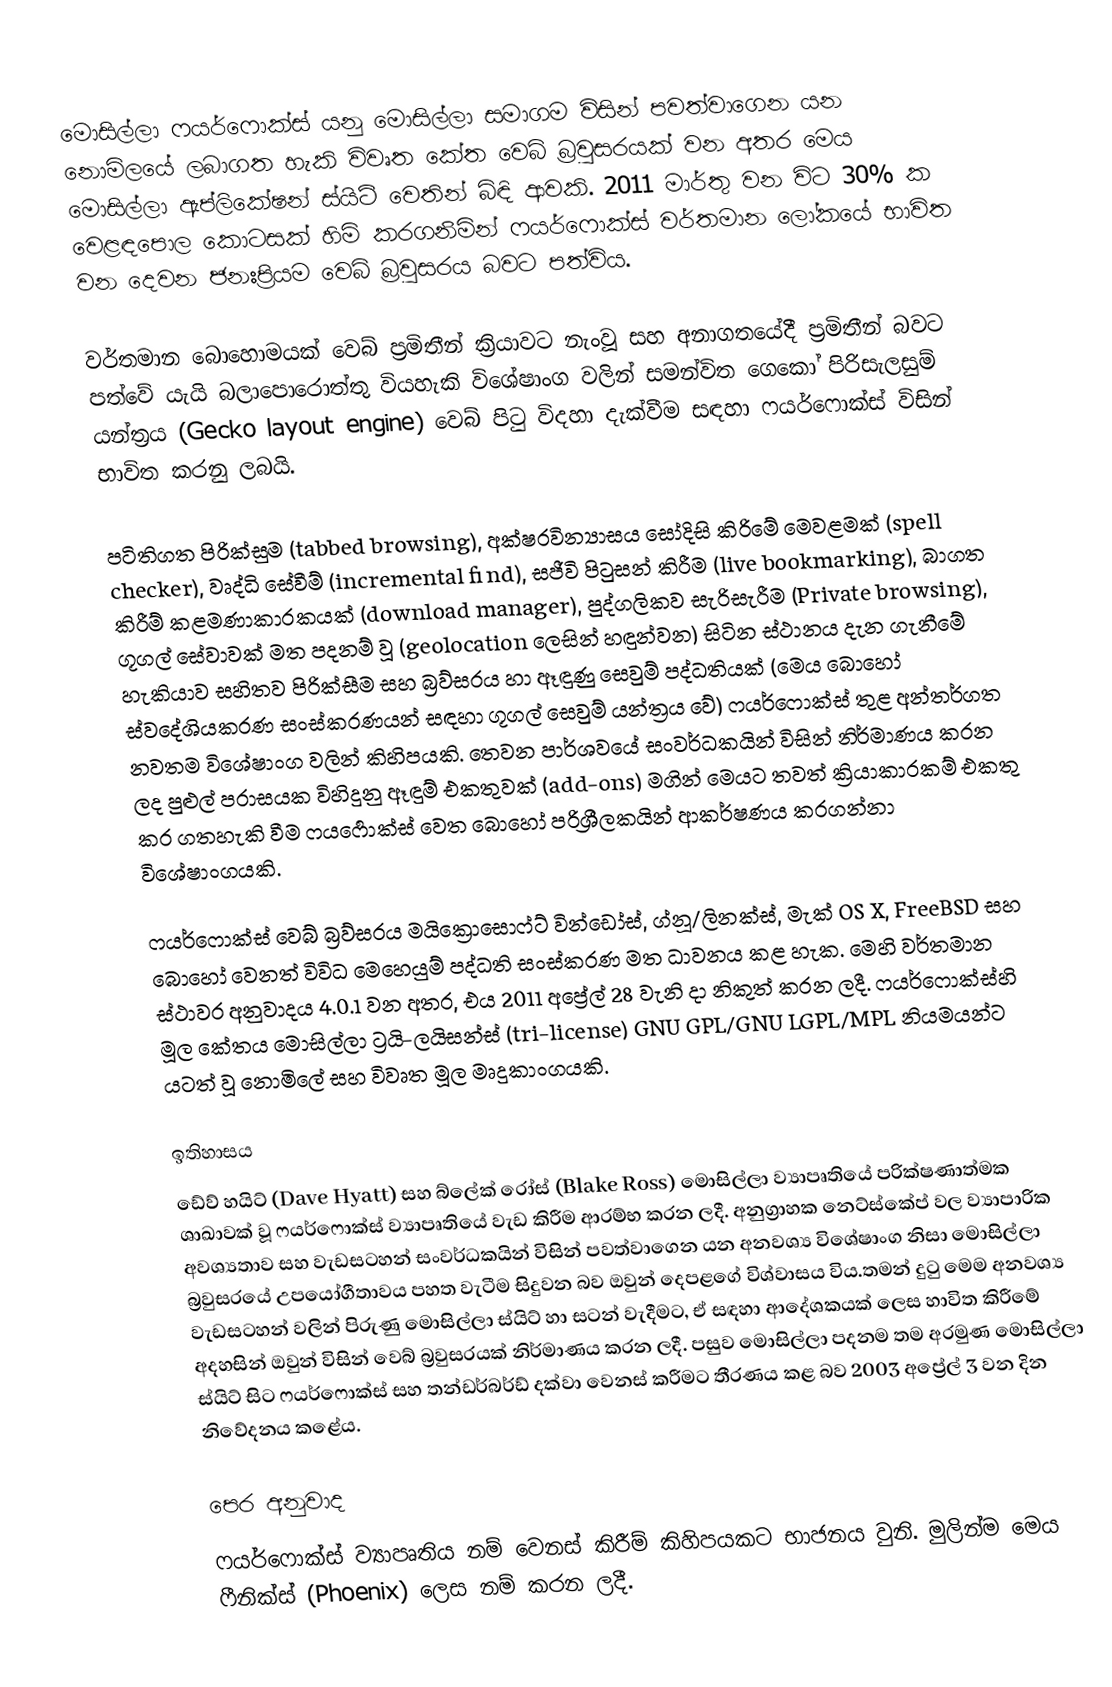
මොසිල්ලා ෆයර්ෆොක්ස් යනු මොසිල්ලා සමාගම විසින් පවත්වාගෙන යන නොමිලයේ ලබාගත හැකි විවෘත කේත වෙබ් බ්‍රවුසරයක් වන අතර මෙය මොසිල්ලා ඇප්ලිකේෂන් ස්යිට් වෙතින් බිඳි ආවකි. 2011 ‍මාර්තු වන විට 30% ක වෙළඳපොල කොටසක් හිමි කරගනිමින් ෆයර්ෆොක්ස් වර්තමාන ලෝකයේ භාවිත වන දෙවන ජනඃප්‍රියම වෙබ් බ්‍රවුසරය බවට පත්විය.

වර්තමාන බොහොමයක් වෙබ් ප්‍රමිතීන් ක්‍රියාවට නැංවූ සහ අනාගතයේදී  ප්‍රමිතීන් බවට පත්වේ යැයි බලාපොරොත්තු වියහැකි විශේෂාංග වලින් සමන්විත ගෙකෝ පිරිසැලසුම් යන්ත්‍රය (Gecko layout engine) වෙබ් පිටු විදහා දැක්වීම සඳහා ෆයර්ෆොක්ස් විසින් භාවිත කරනු ලබයි.

පටිතිගත පිරික්සුම (tabbed browsing), අක්ෂරවින්‍යාසය සෝදිසි කිරිමේ මෙවළමක් (spell checker), වෘද්ධි සේවීම් (incremental find), සජීවි පිටුසන් කිරීම (live bookmarking), බාගත කිරීම් කළමණාකාරකයක් (download manager), පුද්ගලිකව සැරිසැරීම (Private browsing), ගූගල් සේවාවක් මත පදනම් වූ (geolocation ලෙසින් හඳුන්වන) සිටින ස්ථානය දැන ගැනීමේ හැකියාව සහිතව පිරික්සීම සහ බ්‍රව්සරය හා ඈඳුණු සෙවුම් පද්ධතියක් (මෙය බො‍හෝ ස්වදේශියකරණ සංස්කරණයන් සඳහා ගූගල් සෙවුම් යන්ත්‍රය වේ) ෆයර්ෆොක්ස් තුළ අන්තර්ගත නවතම විශේෂාංග වලින් කිහිපයකි. තෙවන පාර්ශවයේ සංවර්ධකයින් විසින් නිර්මාණය කරන ලද පුළුල් පරාසයක විහිදුනු ඈඳුම් එකතුවක් (add-ons) මගින් මෙයට තවත් ක්‍රියාකාරකම් එකතු කර ගතහැකි වීම  ෆයර්‍ෆොක්ස් වෙත බොහෝ පරිශ්‍රීලකයින් ආකර්ෂණය කරගන්නා විශේෂාංගයකි.

ෆයර්ෆොක්ස් වෙබ් බ්‍රව්සරය  මයික්‍රොසොෆ්ට් වින්ඩෝස්, ග්නූ/ලිනක්ස්, මැක් OS X, FreeBSD සහ බොහෝ වෙනත්  විවිධ මෙහෙයුම් පද්ධති සංස්කරණ මත ධාවනය කළ හැක. මෙහි වර්තමාන ස්ථාවර අනුවාදය 4.0.1 වන අතර, එය 2011 අප්‍රේල් 28 වැනි දා නිකුත් කරන ලදී.  ෆයර්ෆොක්ස්හි මූල කේතය මොසිල්ලා ට්‍රයි-ලයිසන්ස් (tri-license) GNU GPL/GNU LGPL/MPL නියමයන්ට යටත් වූ නොමිලේ සහ විවෘත ‍මූල මෘදුකාංගයකි.

ඉතිහාසය
ඩේව් හයිට් (Dave Hyatt) සහ බ්ලේක් රෝස් (Blake Ross) මොසිල්ලා ව්‍යාපෘතියේ පරික්ෂණාත්මක ශාඛාවක් වූ ෆයර්ෆොක්ස් ව්‍යාපෘතියේ වැඩ කිරීම ආරම්භ කරන ලදී. අනුග්‍රාහක නෙට්ස්කේප් වල ව්‍යාපාරික අවශ්‍යතාව සහ වැඩසටහන් සංවර්ධකයින් විසින් පවත්වාගෙන යන අනවශ්‍ය විශේෂාංග නිසා මොසිල්ලා බ්‍රවුසරයේ උපයෝගීතාවය පහත වැටීම සිදුවන බව ඔවුන් දෙපළගේ විශ්වාසය විය.තමන් දුටු මෙම අනවශ්‍ය වැඩසටහන් වලින් පිරුණු මොසිල්ලා ස්යිට් හා සටන් වැදීමට, ඒ සඳහා ආදේශකයක් ලෙස හාවිත කිරීමේ අදහසින් ඔවුන් විසින් වෙබ් බ්‍රවුසරයක් නිර්මාණය කරන ලදී. පසුව මොසිල්ලා පදනම තම අරමුණ මොසිල්ලා ස්යිට් සිට ෆයර්ෆොක්ස් සහ තන්ඩර්බර්ඩ් දක්වා වෙනස් කරීමට තීරණය කළ බව 2003 අප්‍රේල් 3 වන දින නිවේදනය කළේය.

පෙර අනුවාද
ෆයර්ෆොක්ස් ව්‍යාපෘතිය නම් වෙනස් කිරීම් කිහිපයකට භාජනය වුනි. මුලින්ම මෙය ෆීනික්ස් (Phoenix) ලෙස නම් කරන ලදී.